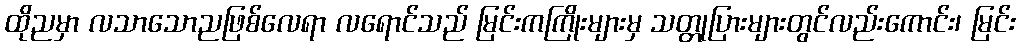
ထိုညမှာ လသာသောညဖြစ်လေရာ လရောင်သည် မြင်းကကြိုးများမှ သတ္တုပြားများတွင်လည်းကောင်း၊ မြင်း